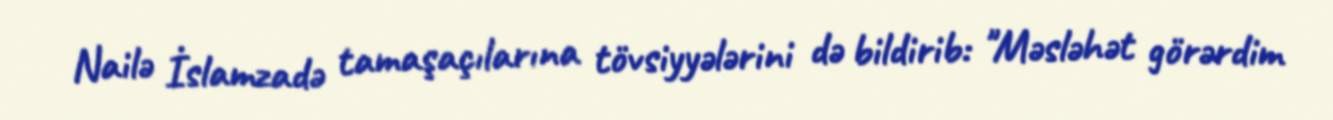
Nailə İslamzadə tamaşaçılarına tövsiyyələrini də bildirib: "Məsləhət görərdim